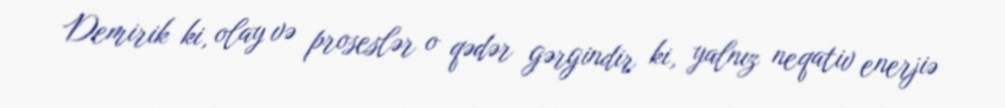
Demirik ki, olay və proseslər o qədər gərgindir ki, yalnız neqativ enerjiə